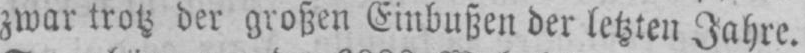
zwar trotz der großen Einbußen der letzten Jahre.